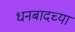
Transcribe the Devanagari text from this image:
धनबादच्या